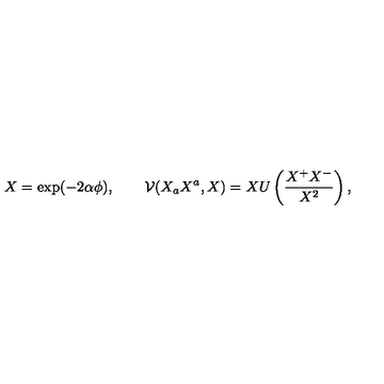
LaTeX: X = \exp ( - 2 \alpha \phi ) , \qquad \mathcal { V } ( X _ { a } X ^ { a } , X ) = X U \left( \frac { X ^ { + } X ^ { - } } { X ^ { 2 } } \right) ,